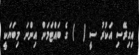
އިގިރޭސި އަކުރު ސީ (  ) ގެ ބައްޓަމަން އިންނަ މިބަޔަކީ